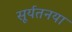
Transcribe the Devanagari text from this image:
सूर्यतनया